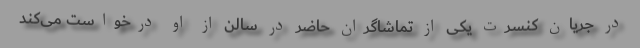
در جریان کنسرت یکی از تماشاگران حاضر در سالن از او درخواست می‌کند